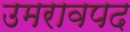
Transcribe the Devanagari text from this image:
उमरावपद